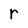
Character: r